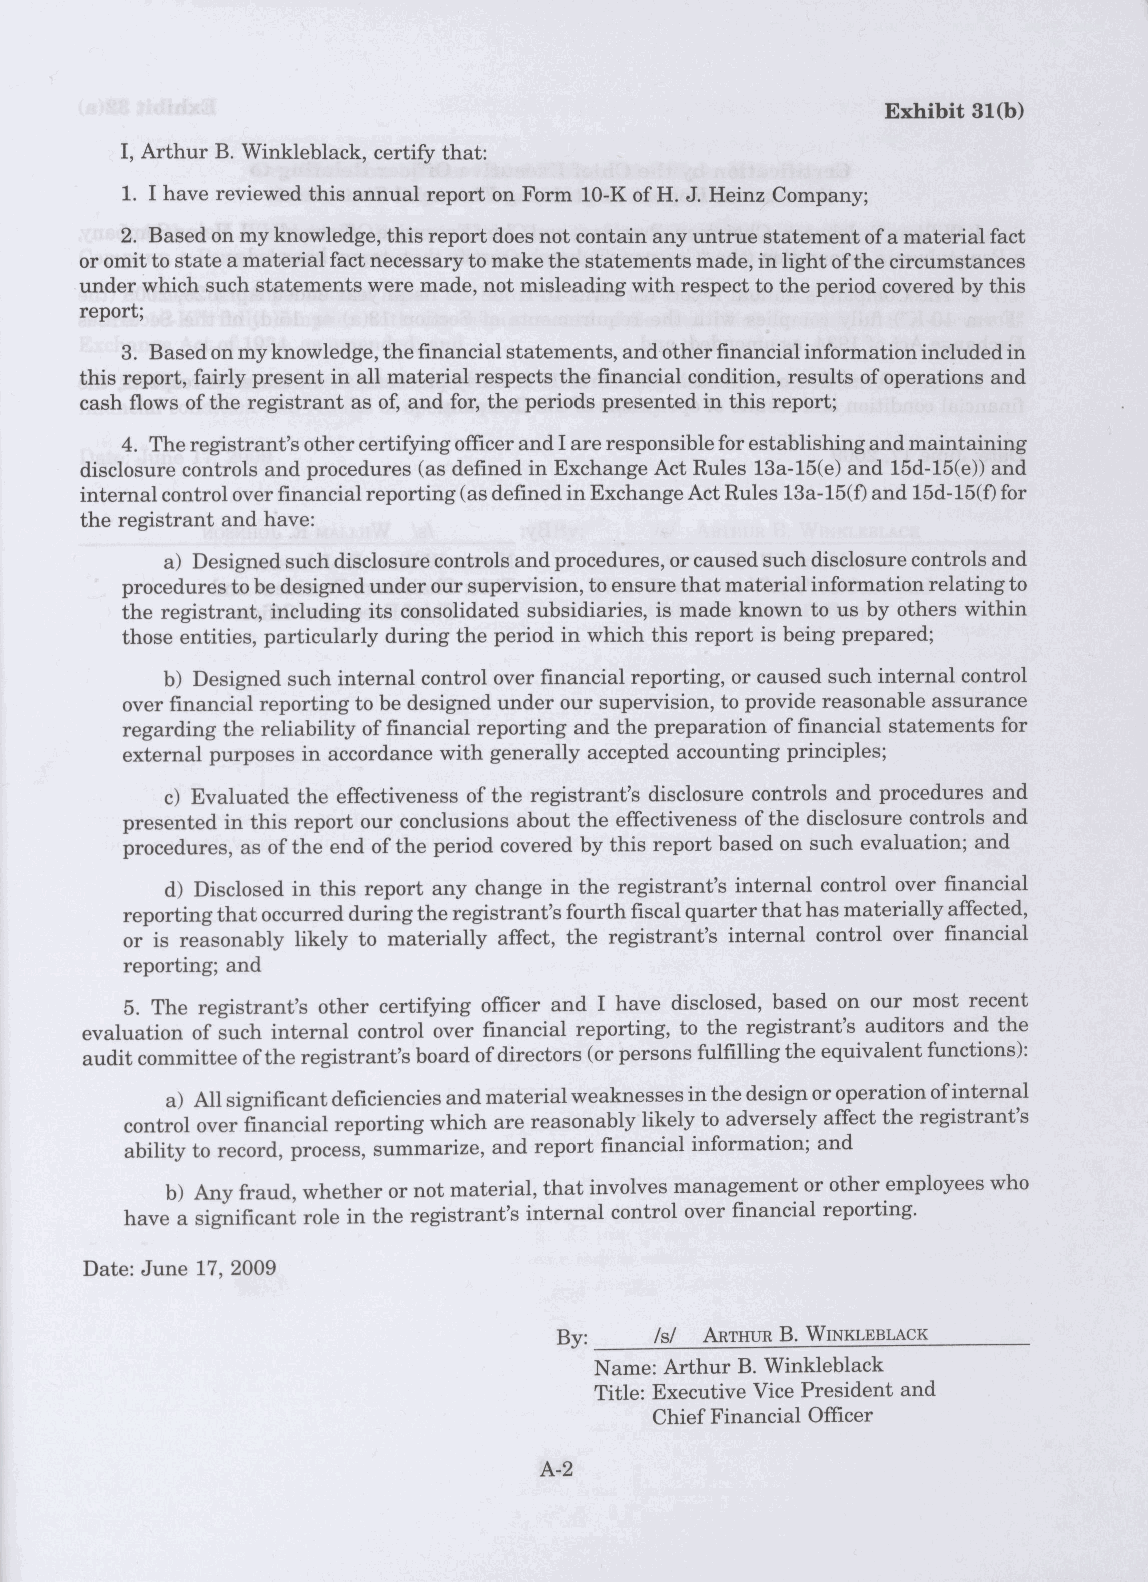
1. I have reviewed this annual report on Form 10-K of H. J. Heinz Company;
 2. Based on my knowledge, this report does not contain any untrue statement of a material fact
 or omit to state a material fact necessary to make the statements made, in light of the circumstances
 under which such statements were made, not misleading with respect to the period covered by this
 report;
 3. Based on my knowledge, the financial statements, and other financial information included in
 this report, fairly present in all material respects the financial condition, results of operations and
 cash flows of the registrant as of, and for, the periods presented in this report;
 4. The registrant's other certifying officer and I are responsible for establishing and maintaining
 disclosure controls and procedures (as defined in Exchange Act Rules 13a-15(e) and 15d-15(e)) and
 internal control over financial reporting (as defined in Exchange Act Rules 13a-15(f) and 15d-15(f) for
 the registrant and have:
 a) Designed such disclosure controls and procedures, or caused such disclosure controls and
 procedures to be designed under our supervision, to ensure that material information relating to
 the registrant, including its consolidated subsidiaries, is made known to us by others within
 those entities, particularly during the period in which this report is being prepared;
 b) Designed such internal control over financial reporting, or caused such internal control
 over financial reporting to be designed under our supervision, to provide reasonable assurance
 regarding the reliability of financial reporting and the preparation of financial statements for
 external purposes in accordance with generally accepted accounting principles;
 c) Evaluated the effectiveness of the registrant's disclosure controls and procedures and
 presented in this report our conclusions about the effectiveness of the disclosure controls and
 procedures, as of the end of the period covered by this report based on such evaluation; and
 d) Disclosed in this report any change in the registrant's internal control over financial
 reporting that occurred during the registrant's fourth fiscal quarter that has materially affected,
 or is reasonably likely to materially affect, the registrant's internal control over financial
 reporting; and
 5. The registrant's other certifying officer and I have disclosed, based on our most recent
 evaluation of such internal control over financial reporting, to the registrant's auditors and the
 audit committee of the registrant's board of directors (or persons fulfilling the equivalent functions):
 a) All significant deficiencies and material weaknesses in the design or operation of internal
 control over financial reporting which are reasonably likely to adversely affect the registrant's
 ability to record, process, summarize, and report financial information; and
 b) Any fraud, whether or not material, that involves management or other employees who
 have a significant role in the registrant's internal control over financial reporting.
 Date: June 17, 2009
 By:   /s/ ARTHUR B. WINKLEBLACK
 Name: Arthur B. Winkleblack
 Title: Executive Vice President and
 Chief Financial Officer